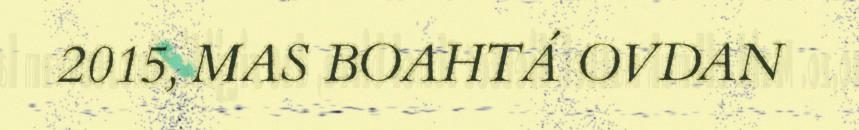
2015, MAS BOAHTÁ OVDAN